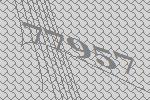
77957